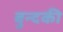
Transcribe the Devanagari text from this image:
बुन्दकी